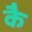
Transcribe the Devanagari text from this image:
कै